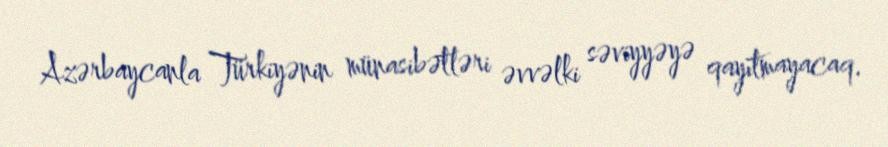
Azərbaycanla Türkiyənin münasibətləri əvvəlki səviyyəyə qayıtmayacaq.